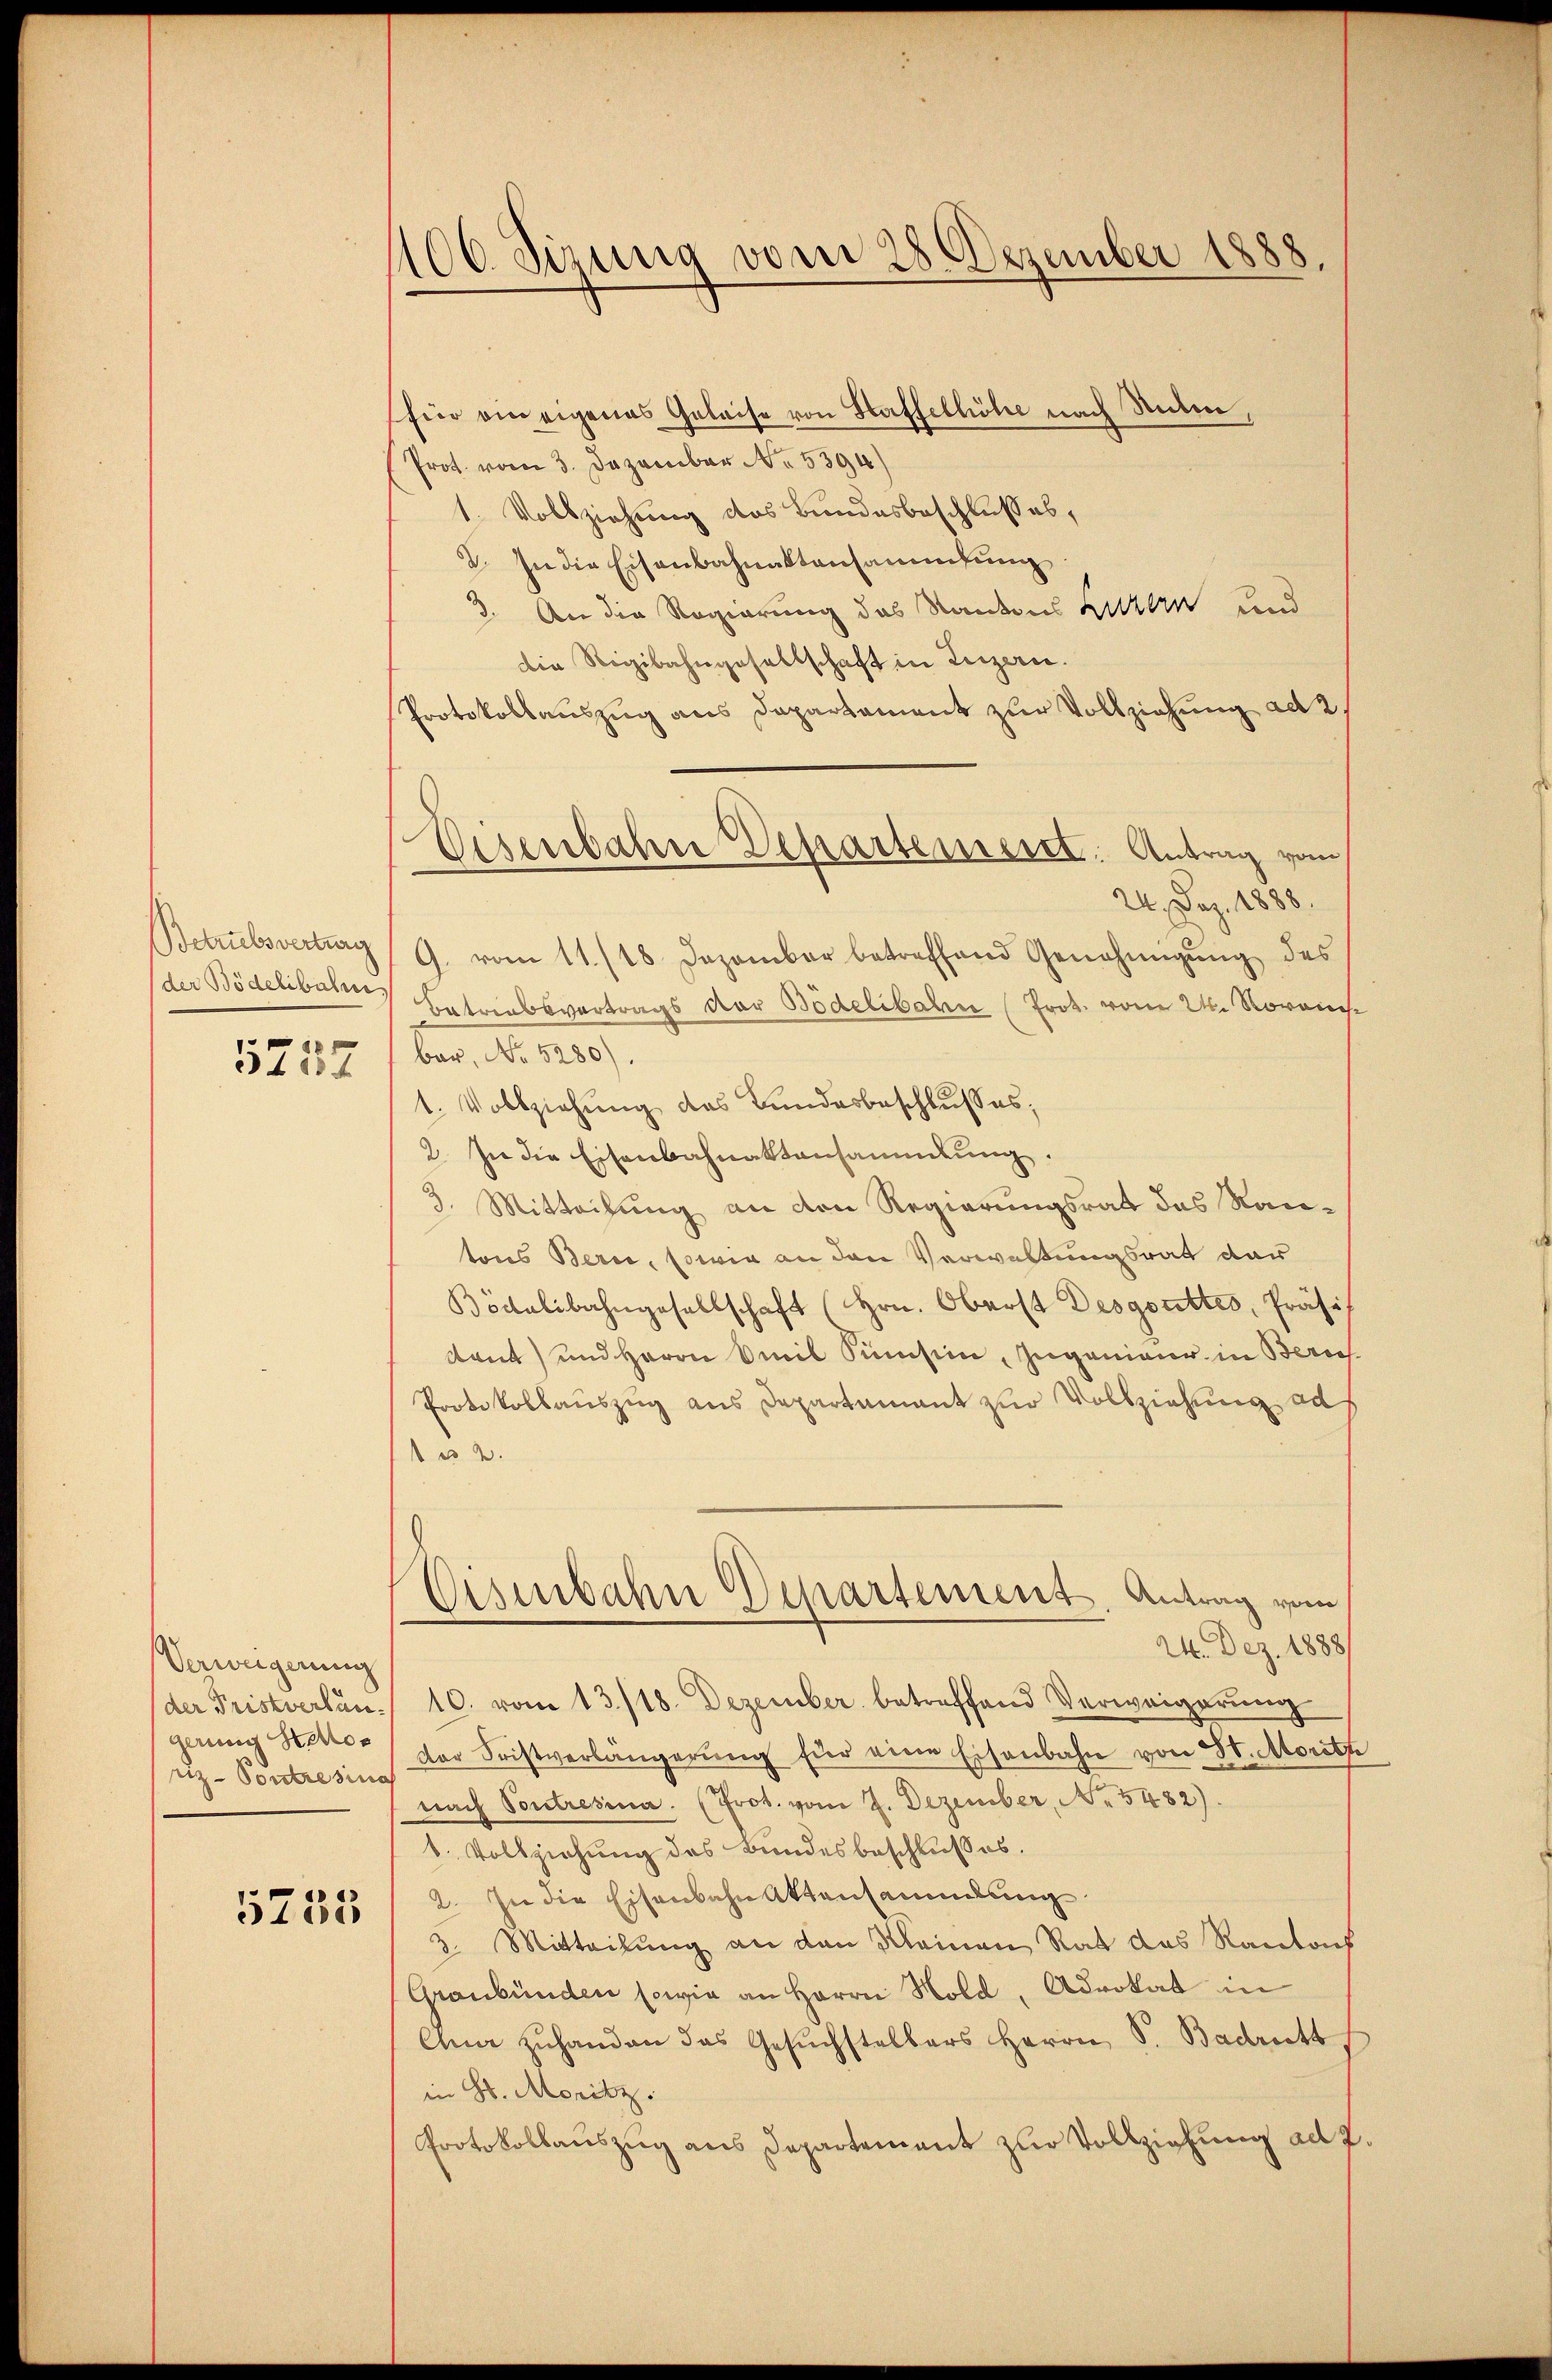
Betrubsvertrag
5237

Verweigerung
gerung Stellos
riz-Voutresinn

5735

106 Sizung vom 28 Dezember 1888.

für ein eigenes Geleise von Staffelhöhe nach Unten,
Prot. vom 3. Dezember No. 5394)
1. Vollziehung des Bundesbeschlusses,
2. In die Eisenbahnaktensammlung
3. An die Regierung des Kantons Litern und
die Rigibahngesellschaft in Luzern.
Protokollauszug aus Departement zŭr Vollziehung ad 2.
24. Dez. 1888.
G. vom 11./18. Dezember betreffend Genehmigung des
der Bödelibale Betriebsvertrags der Bödelibalen (Prot. vom 24. Novon
bar, No 5280).
1. Vollziehung des Bundesbeschlusses;
2. In die Eisenbahnaktansammlung.
3. Mitteilung an den Regierungsrat das Rautons Bern, sowie an den Verwaltungsrat dar
Bödalibahngesellschaft (Hrn. Oberst Desgorettes, Präse
kaut) und Herrn Emil Simsin, Ingenieur in Zürich
Protokollauszug aus Departement zur Vollziehung ad
12.
Eisenbahn Departement. Antrag vom
24. Dez. 1888/
(der Fristverlan. 10. vom 13./18. Dezember betreffend Verweigerung
der Fristverlängerŭng für eine Eisenbahn von St. Moritze
nach Soutresia. (Prot. vom 7. Dezember, N. 5482).
1. Vollziehung des Bundesbeschlusses.
2. In die Eisenbahn Aktensammlung
3. Mitteilung an den Meinen Rat das Rautach
Graubünden sowie an Herrn Hold, Advokat in
Am zŭhanden das Gesŭchstellers Herrn S. Badritt
in St. Moritz
Protokollauszug aus Departement zur Vollziehung ad 2.

Disenbahne Departement. Antrag vom